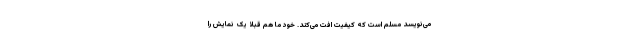
می‌نویسد مسلم است که کیفیت افت می‌کند. خود ما هم قبلا یک نمایش را